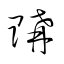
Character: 購